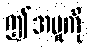
ဤအမှုကို